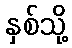
နှစ်သို့